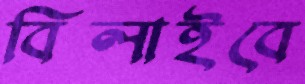
বিলাইবে